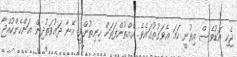
ޖެހި އަޑުވެސް އިވުނީ ހަމަ އެވަގުތުގައެވެ. އެއްތުންފަތަށް ހިނިތުންވީ އޭނާ ދައުވަތުދިން އަންހެންކުއްޖާ